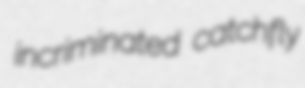
incriminated catchfly